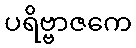
ပရိဗ္ဗာဇကေ